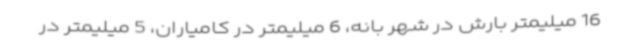
16 میلیمتر بارش در شهر بانه، 6 میلیمتر در کامیاران، 5 میلیمتر در